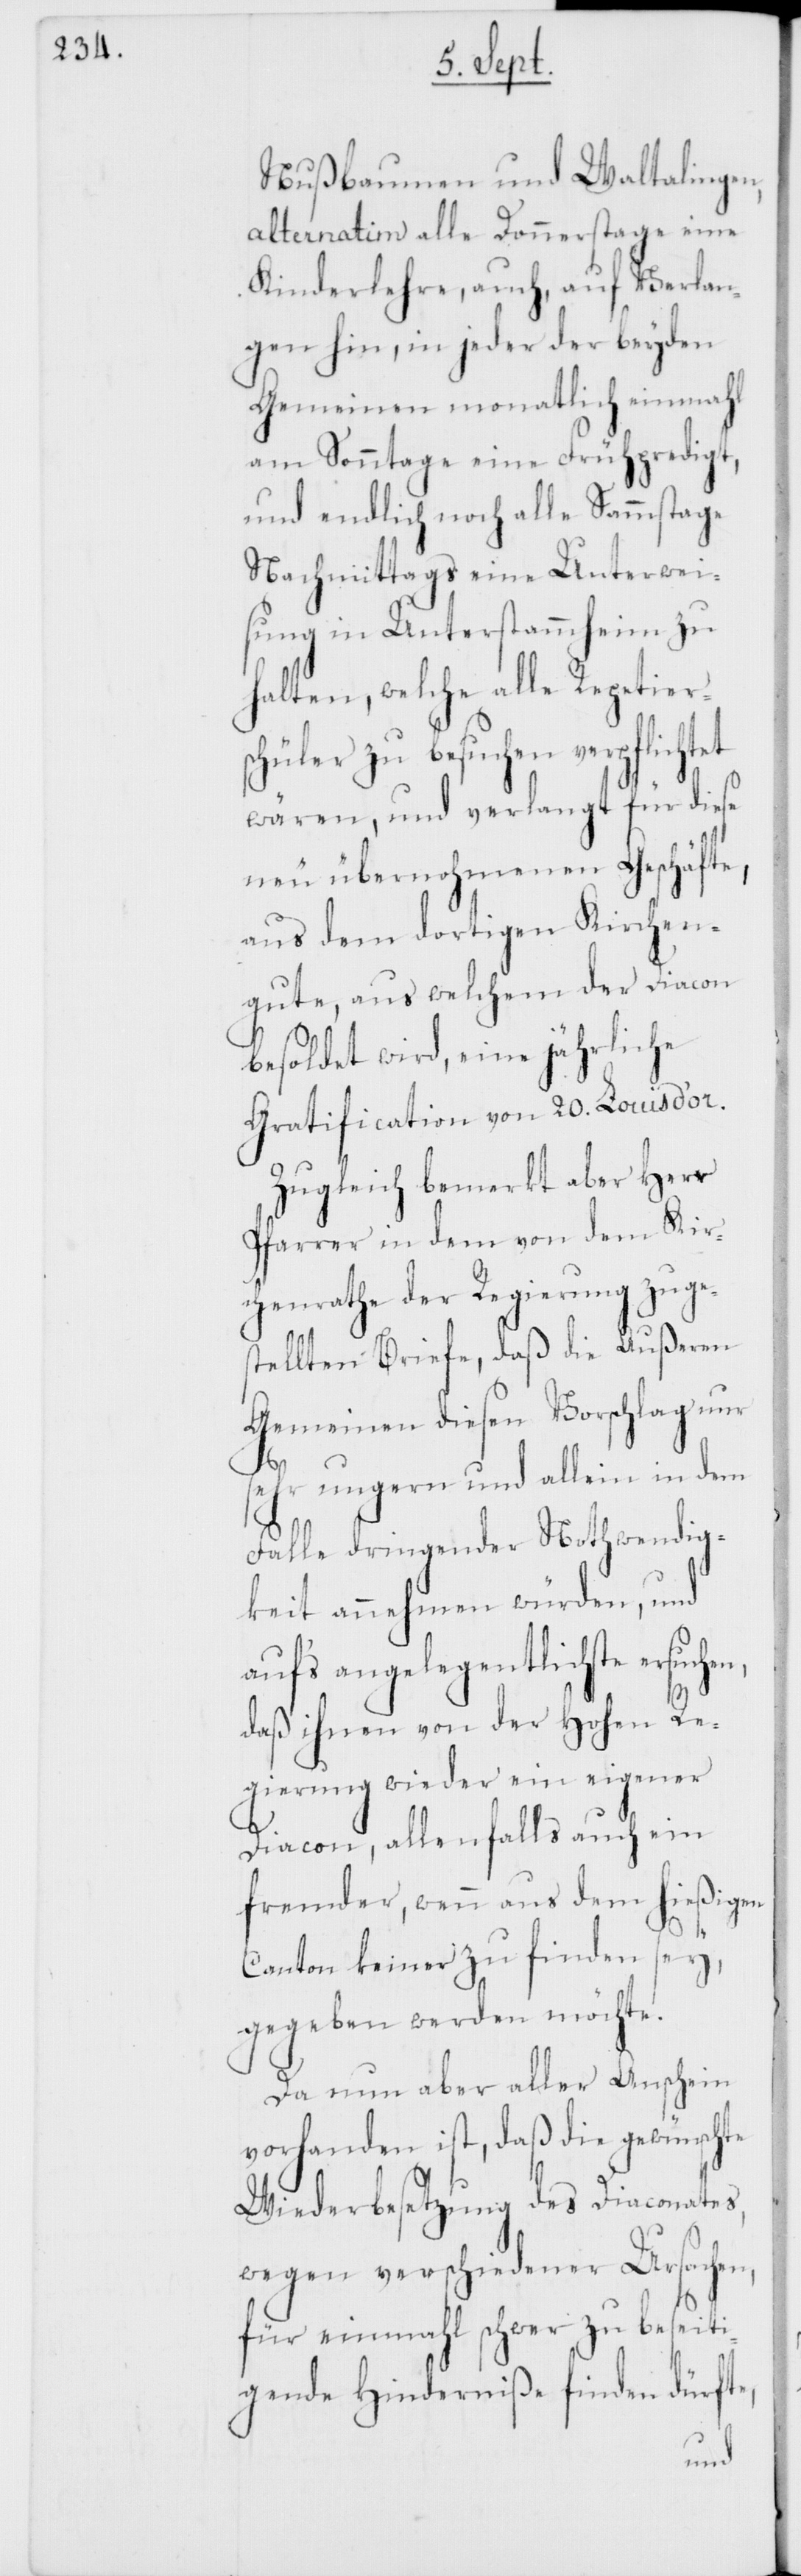
Nußbaumen und Waltalingen,
alternatim alle Donnerstage eine
Kinderlehre, auch, auf Verlan¬
gen hin, in jeder der beyden
Gemeinden monatlich einmahl
am Sonntage eine Frühpredigt,
und endlich noch alle Sammstage
Nachmittags eine Unterwei¬
sung in Unterstammheim zu
halten, welche alle Repetier¬
schüler zu besuchen verpflicht¬
wären, und verlangt für diese
neu übernohmenen Geschäfte,
aus dem dortigen Kirchen¬
gute, aus welchem der Diacon
besoldet wird, eine jährliche
Gratification von 20. Louis d’or.
Zugleich bemerkt aber Herr
Pfarrer in dem von dem Kir¬
chenrathe der Regierung zuge¬
stellten Briefe, daß die Außeren
Gemeinden diesen Vorschlag nur
sehr ungern und allein in dem
Falle dringender Nothwendig¬
keit annehmen würden, und
aufs angelegentlichste
daß ihnen von der Hohen Re¬
gierung wieder ein eigener
Diacon, allenfalls auch ein
fremder, wenn aus dem hießigen
et
Canton keiner zu finden sey,
gegeben werden möchte.
Da nun aber aller Anschein
vorhanden ist, daß die gewünschte
Wiederbesetzung des Diaconates,
wegen verschiedener Ursachen,
für einmahl schwer zu beseiti¬
gende Hinderniße finden dürfte,